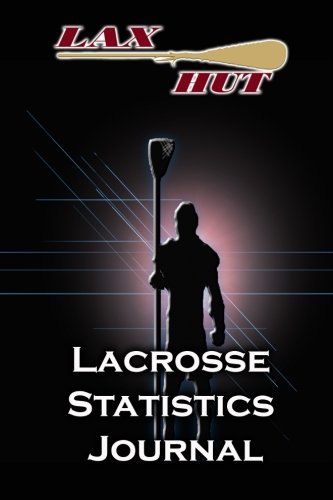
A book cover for Lacrosse Statistics Journal; Dave Barlow; Sports & Outdoors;